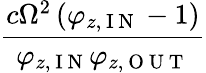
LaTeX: \frac{c\Omega^{2}\left(\varphi_{z,\mathrm{~I~N~}}-1\right)}{\varphi_{z,\mathrm{~I~N~}}\varphi_{z,\mathrm{~O~U~T~}}}